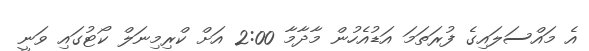
އެ މައްސަލައިގެ ފުރަތަމަ އަޑުއެހުން މާދާމާ 2:00 އަށް ކްރިމިނަލް ކޯޓުގައި ވަނީ